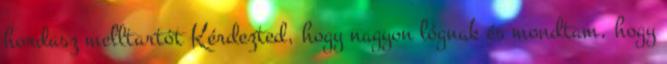
hordasz melltartót Kérdezted, hogy nagyon lógnak és mondtam, hogy